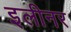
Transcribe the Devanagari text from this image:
इलीनर